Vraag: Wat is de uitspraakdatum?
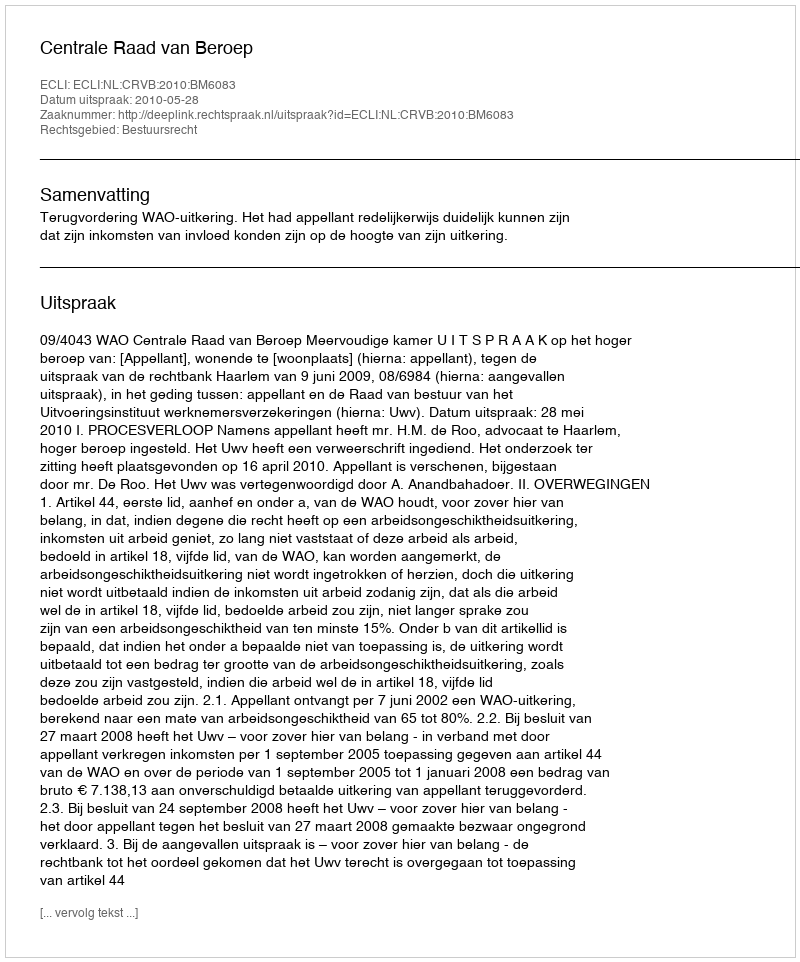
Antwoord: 2010-05-28